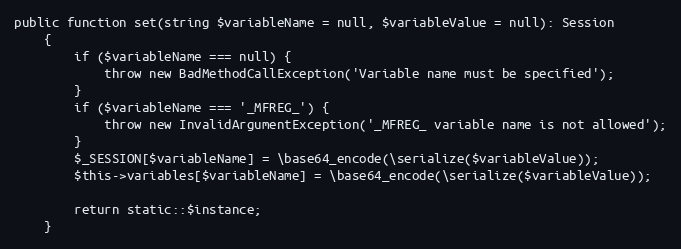
Language: PHP
public function set(string $variableName = null, $variableValue = null): Session
    {
        if ($variableName === null) {
            throw new BadMethodCallException('Variable name must be specified');
        }
        if ($variableName === '_MFREG_') {
            throw new InvalidArgumentException('_MFREG_ variable name is not allowed');
        }
        $_SESSION[$variableName] = \base64_encode(\serialize($variableValue));
        $this->variables[$variableName] = \base64_encode(\serialize($variableValue));

        return static::$instance;
    }